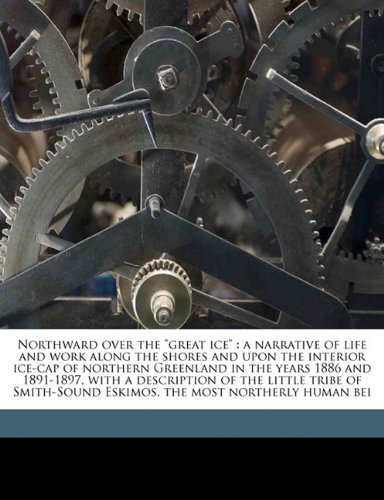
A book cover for Northward over the "great ice": a narrative of life and work along the shores and upon the interior ice-cap of northern Greenland in the years 1886 ... Eskimos, the most northerly human bei; Robert E. 1856-1920 Peary; History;